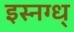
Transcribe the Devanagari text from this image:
इस्नग्ध्